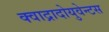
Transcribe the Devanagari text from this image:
क्वाद्रादोयुवेन्टस